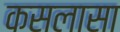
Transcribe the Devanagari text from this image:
कसलासा